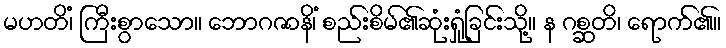
မဟတိံ၊ ကြီးစွာသော။ ဘောဂဇာနိံ၊ စည်းစိမ်၏ဆုံးရှုံခြင်းသို့။ န ဂစ္ဆတိ၊ ရောက်၏။